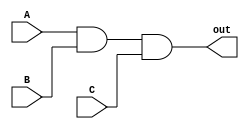
module three_input_AND_gate (
    input wire A,
    input wire B,
    input wire C,
    output wire out
);

assign out = (A & B & C);

endmodule